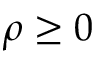
\rho \geq 0